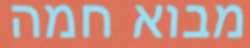
מבוא חמה